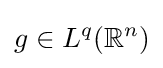
g\in L^{q}(\mathbb {R} ^{n})